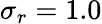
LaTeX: \sigma_{r}=1.0